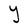
Character: Y